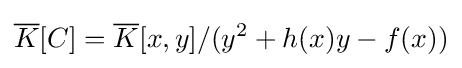
{\overline {K}}[C]={\overline {K}}[x,y]/(y^{2}+h(x)y-f(x))